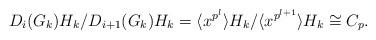
LaTeX: \begin{align*} D_i(G_k) H_k / D_{i+1}(G_k) H_k = \langle x^{p^l} \rangle H_k / \langle x^{p^{l+1}} \rangle H_k \cong C_p. \end{align*}